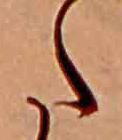
た